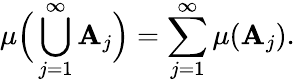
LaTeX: \mu{\Big(}\bigcup_{j=1}^{\infty}\mathbf{A}_{j}{\Big)}=\sum_{j=1}^{\infty}\mu(\mathbf{A}_{j}).